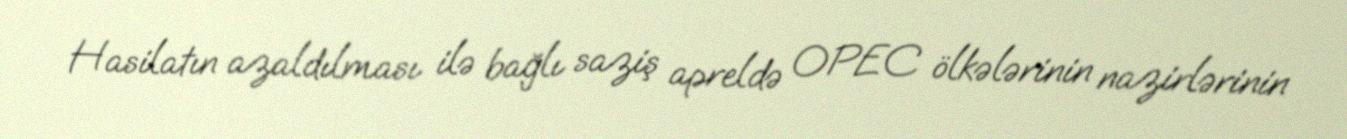
Hasilatın azaldılması ilə bağlı saziş apreldə OPEC ölkələrinin nazirlərinin